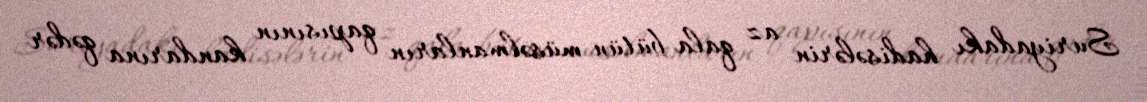
Suriyadakı hadisələrin az qala bütün müsəlmanların qapısının kandarına qədər